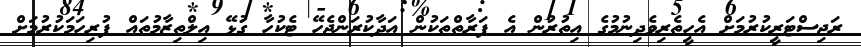
ރަޖިސްޓަރީކުރުމަށް އެހީތެރިވެދިނުމުގެ އިތުރުން އެ ފަރާތްތަކުން އަދާކުރަންޖެހޭ ޓެކުހާ ގުޅޭ އިލްތިޒާމުތައް ފުރިހަމަކުރުމަށް